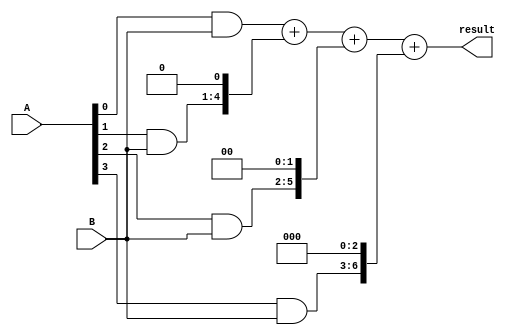
module ArrayMultiplier (
    input [3:0] A,
    input [3:0] B,
    output [7:0] result
);

// Define arithmetic blocks
// Here, we will use simple combinational logic to perform multiplication
// In a real design, these blocks could be adders and multipliers
// interconnected in an array or matrix structure

wire [3:0] M1;
wire [3:0] M2;
wire [3:0] M3;
wire [3:0] M4;

assign M1 = A[0] & B;
assign M2 = A[1] & B;
assign M3 = A[2] & B;
assign M4 = A[3] & B;

// Define control logic to coordinate the operations of the individual blocks
// Here, we will simply add the partial products together to get the final result

assign result = M1 + (M2 << 1) + (M3 << 2) + (M4 << 3);

endmodule